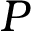
P